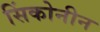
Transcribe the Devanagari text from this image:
सिंकोनीन